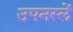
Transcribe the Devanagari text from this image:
उपनस्लें